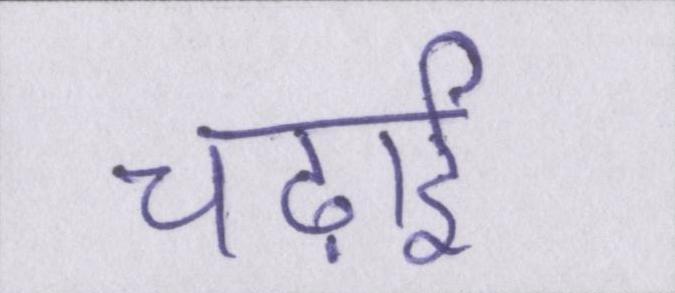
चढ़ाई